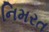
નિમરત